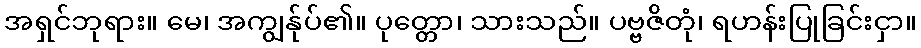
အရှင်ဘုရား။ မေ၊ အကျွန်ုပ်၏။ ပုတ္တော၊ သားသည်။ ပဗ္ဗဇိတုံ၊ ရဟန်းပြုခြင်းငှာ။